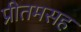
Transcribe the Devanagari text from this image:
प्रीतमसह